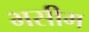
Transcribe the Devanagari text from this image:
भसीम